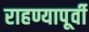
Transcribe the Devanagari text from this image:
राहण्यापूर्वी